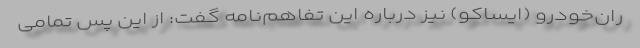
ران‌خودرو (ایساکو) نیز درباره این تفاهم‌نامه گفت: از این پس تمامی